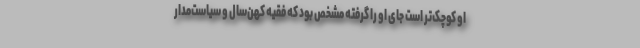
او کوچک‌تر است جای او را گرفته مشخص بود که فقیهِ کهن‌سال و سیاست‌مدارِ